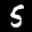
Label: 5